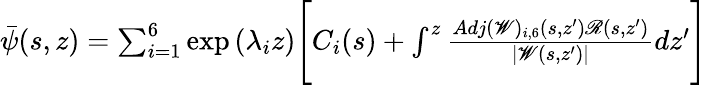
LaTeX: \begin{array}{r}{\bar{\psi}(s,z)=\sum_{i=1}^{6}\exp{(\lambda_{i}z)}\Bigg[C_{i}(s)+\int^{z}\frac{Adj(\mathscr{W})_{i,6}(s,z^{\prime})\mathscr{R}(s,z^{\prime})}{|\mathscr{W}(s,z^{\prime})|}dz^{\prime}\Bigg]}\end{array}